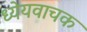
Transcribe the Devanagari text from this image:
ध्येयवाचक